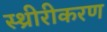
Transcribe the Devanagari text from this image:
स्थ्रीरीकरण